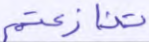
تنازعتم